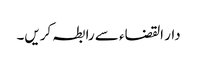
دار القضاء سے رابطہ کریں۔